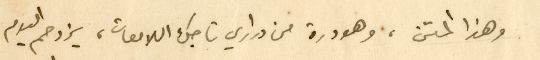
وهذا المتن، وهو درة من دراري تاجك اللامعات، يزدحم اليوم